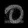
Digit: ၀